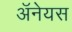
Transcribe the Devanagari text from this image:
अॅनेयस